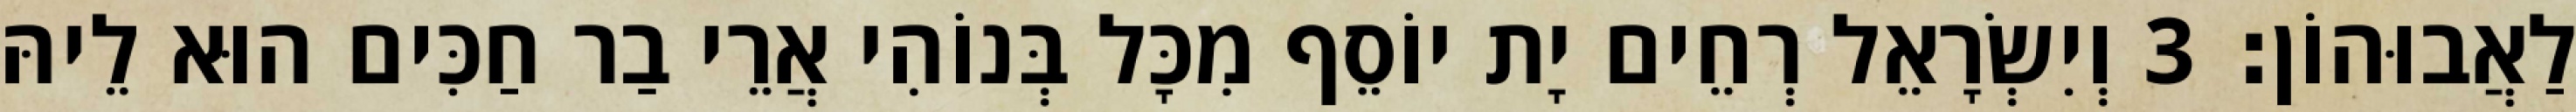
לַאֲבוּהוֹן׃ 3 וְיִשְׂרָאֵל רְחֵים יָת יוֹסֵף מִכָּל בְּנוֹהִי אֲרֵי בַר חַכִּים הוּא לֵיהּ